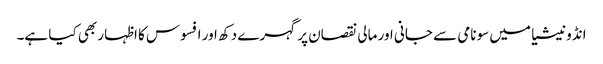
انڈونیشیا میں سونامی سے جانی اور مالی نقصان پر گہرے دکھ اور افسوس کا اظہار بھی کیا ہے۔